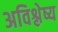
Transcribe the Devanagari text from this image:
अविश्लेष्य